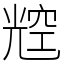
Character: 䆪